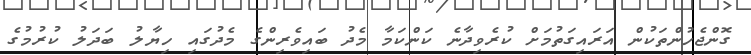
ގޮންޖެހުންތަކުން އަރައިގަތުމަށް ކުރެވިދާނެ ކަންކަމާ މެދު ބައިވެރިންގެ މެދުގައި ހިޔާލު ބަދަލު ކުރުމުގެ